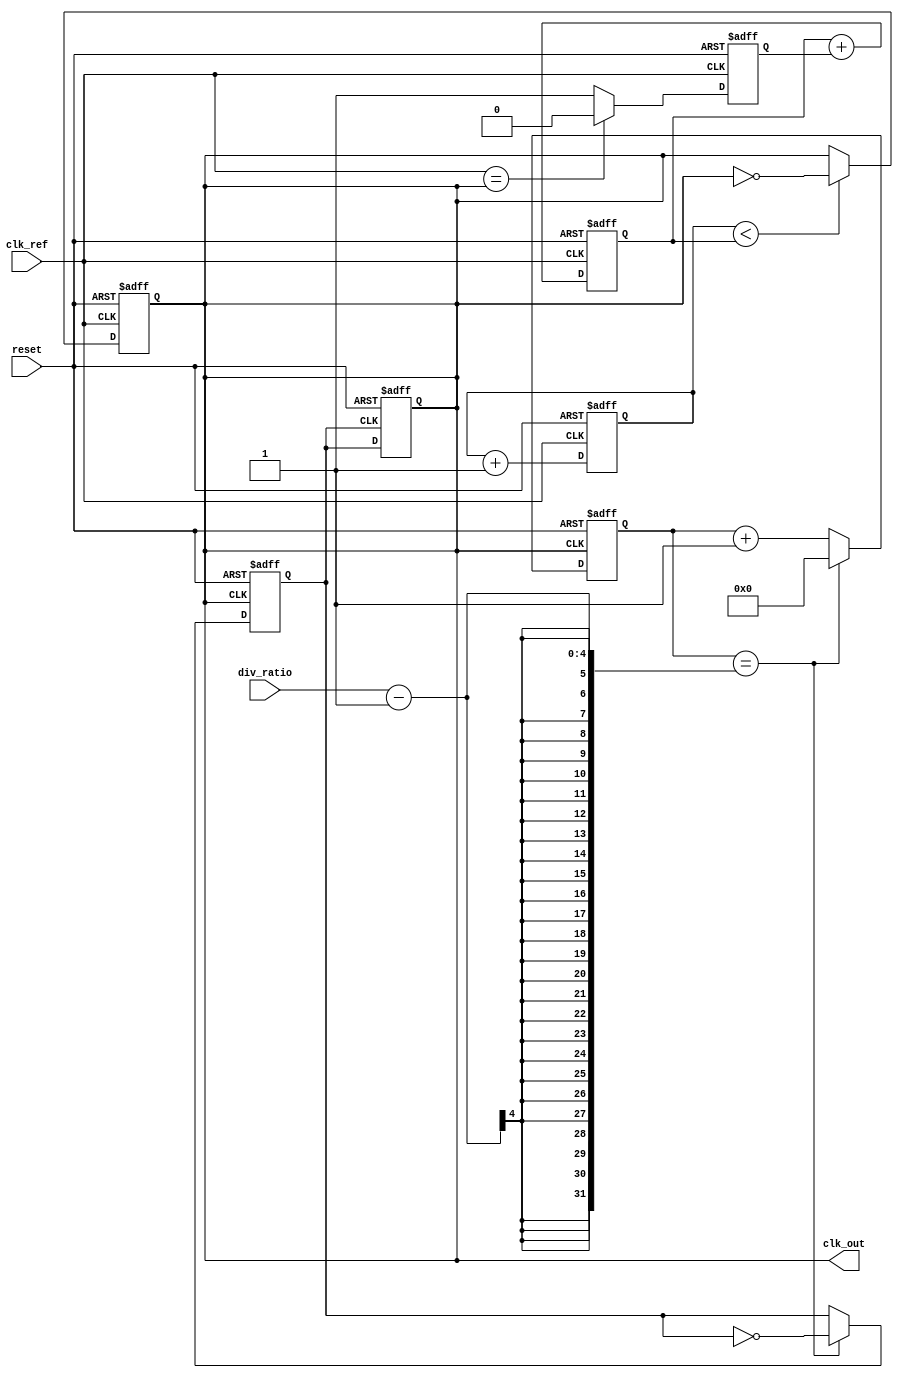
module PLL (
    input wire clk_ref,           // Reference clock input
    input wire reset,             // Reset signal
    input wire [3:0] div_ratio,   // Division ratio for frequency divider
    output reg clk_out            // Output clock signal
);

// Phase Detector
reg phase_error;
always @(posedge clk_ref or posedge reset) begin
    if (reset) begin
        phase_error <= 0;
    end else begin
        // Simple phase error detection logic (for illustration)
        // In a real design, this would compare the reference clock with the feedback clock
        phase_error <= (clk_ref == clk_out) ? 0 : 1;
    end
end

// Low Pass Filter
reg [7:0] control_voltage;
always @(posedge clk_ref or posedge reset) begin
    if (reset) begin
        control_voltage <= 8'd128; // Midpoint for VCO control
    end else begin
        // Simple LPF implementation (for illustration)
        control_voltage <= control_voltage + phase_error; // Adjust control voltage based on phase error
    end
end

// Voltage-Controlled Oscillator (VCO)
reg [3:0] vco_count;
always @(posedge clk_ref or posedge reset) begin
    if (reset) begin
        vco_count <= 0;
        clk_out <= 0;
    end else begin
        // Simple VCO frequency adjustment based on control voltage
        if (vco_count < control_voltage) begin
            clk_out <= ~clk_out; // Toggle output clock
        end
        vco_count <= vco_count + 1;
    end
end

// Frequency Divider
reg [3:0] divider_count;
reg clk_div;
always @(posedge clk_out or posedge reset) begin
    if (reset) begin
        divider_count <= 0;
        clk_div <= 0;
    end else begin
        if (divider_count == div_ratio - 1) begin
            clk_div <= ~clk_div; // Toggle divided clock
            divider_count <= 0;
        end else begin
            divider_count <= divider_count + 1;
        end
    end
end

// Final Output Clock (can be used as feedback for phase detection)
always @(posedge clk_div or posedge reset) begin
    if (reset) begin
        clk_out <= 0;
    end else begin
        clk_out <= clk_div; // Output the divided clock
    end
end

endmodule